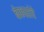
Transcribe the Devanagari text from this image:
बेकारांचे